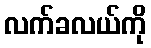
လက်ခလယ်ကို